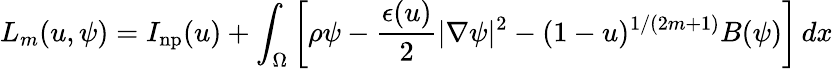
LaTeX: L_{m}(u,\psi)=I_{\mathrm{np}}(u)+\int_{\Omega}\left[\rho\psi-\frac{\epsilon(u)}{2}|\nabla\psi|^{2}-(1-u)^{1/(2m+1)}B(\psi)\right]\, dx